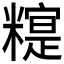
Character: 𰫒